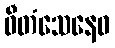
ဝီတံသေနေဝ